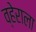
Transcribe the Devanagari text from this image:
व्हेराला